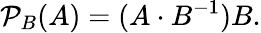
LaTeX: {\mathcal{P}}_{B}(A)=(A\cdot B^{-1})B.